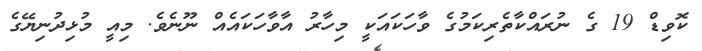
ކޮވިޑް 19 ގެ ނުރައްކާތެރިކަމުގެ ވާހަކައަކީ މިހާރު އާވާހަކައެއް ނޫނެވެ. މިއީ މުޅިދުނިޔޭގެ